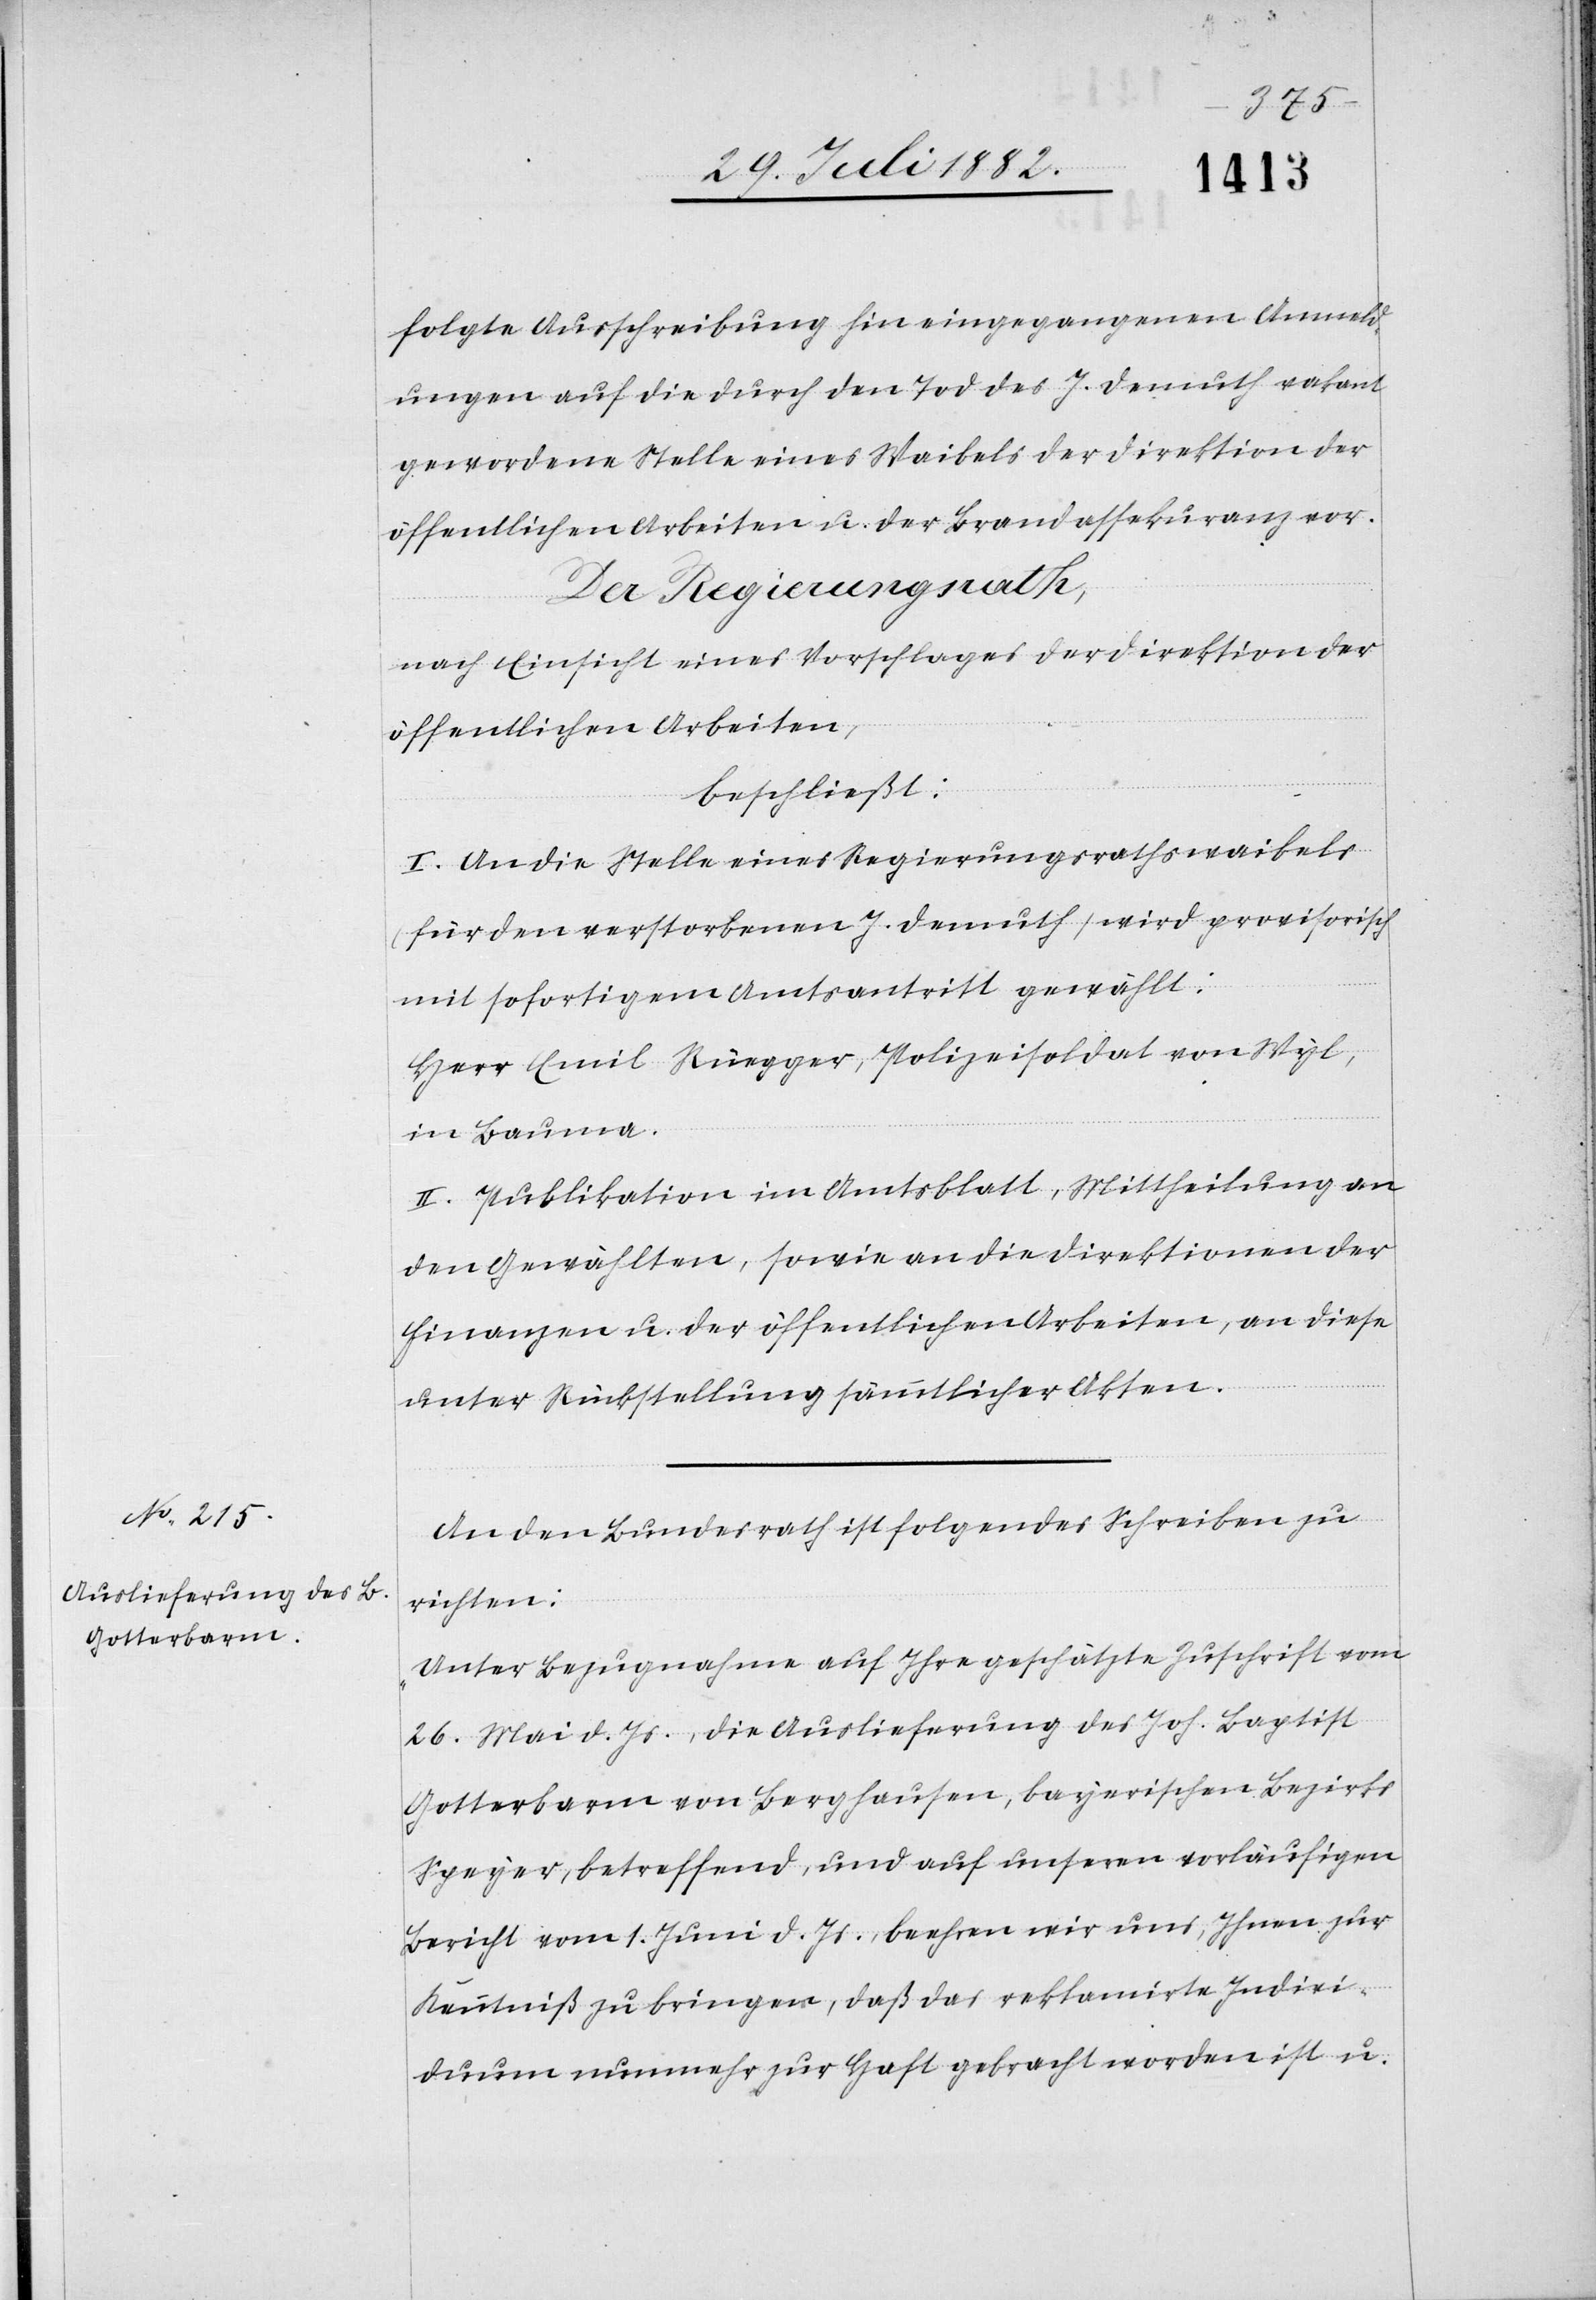
folgte Ausschreibung hin eingegangenen Anmeld¬
ungen auf die durch den Tod des J. Demuth vakant
gewordene Stelle eines Waibels der Direktion der
öffentlichen Arbeiten u. der Brandassekuranz vor.
Der Regierungsrath,
nach Einsicht eines Vorschlages der Direktion der
öffentlichen Arbeiten,
beschließt:
I. An die Stelle eines Regierungsrathswaibels
(für den verstorbenen J. Demuth) wird provisorisch
mit sofortigem Amtsantritt gewählt:
Herr Emil Rüegger, Polizeisoldat von Wyl,
in Bauma.
II. Publikation im Amtsblatt, Mittheilung an
den Gewählten, sowie an die Direktionen der
Finanzen u. der öffentlichen Arbeiten, an diese
unter Rückstellung sämmtlicher Akten.
An den Bundesrath ist folgendes Schreiben zu
richten:
„Unter Bezugnahme auf Ihre geschätzte Zuschrift vom
26. Mai d. Js., die Auslieferung des Joh. Baptist
Gotterbarm von Berghausen, bayerischen Bezirks
Speyer, betreffend, und auf unseren vorläufigen
Bericht vom 1. Juni d. Js., beehren wir uns, Ihnen zur
Kenntniß zu bringen, daß das reklamirte Indivi¬
duum nunmehr zur Haft gebracht worden ist u.